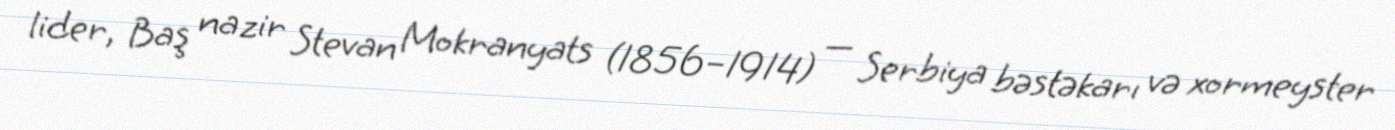
lider, Baş nazir Stevan Mokranyats (1856–1914) — Serbiya bəstəkarı və xormeyster